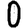
Digit: 0